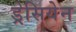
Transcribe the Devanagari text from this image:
ड्रेसियेन